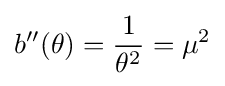
b''(\theta )={\frac {1}{\theta ^{2}}}=\mu ^{2}